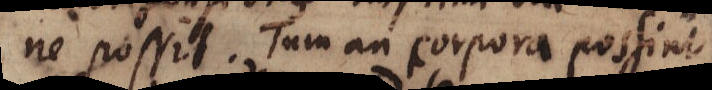
possit. Tam an corpora possint